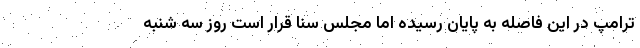
ترامپ در این فاصله به پایان رسیده اما مجلس سنا قرار است روز سه شنبه